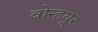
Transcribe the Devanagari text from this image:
बोन्हयूर